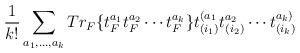
LaTeX: \begin{align*}{1\over{k!}}\sum_{a_1,\dots,a_k} Tr_F \{ t^{a_1}_F t^{a_2}_F\cdots t^{a_k}_F \} t^{(a_1}_{(i_1)} t^{a_2}_{(i_2)} \cdots t^{a_k)}_{(i_k)}\end{align*}